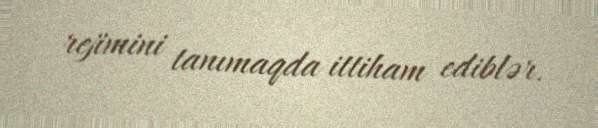
rejimini tanımaqda ittiham ediblər.